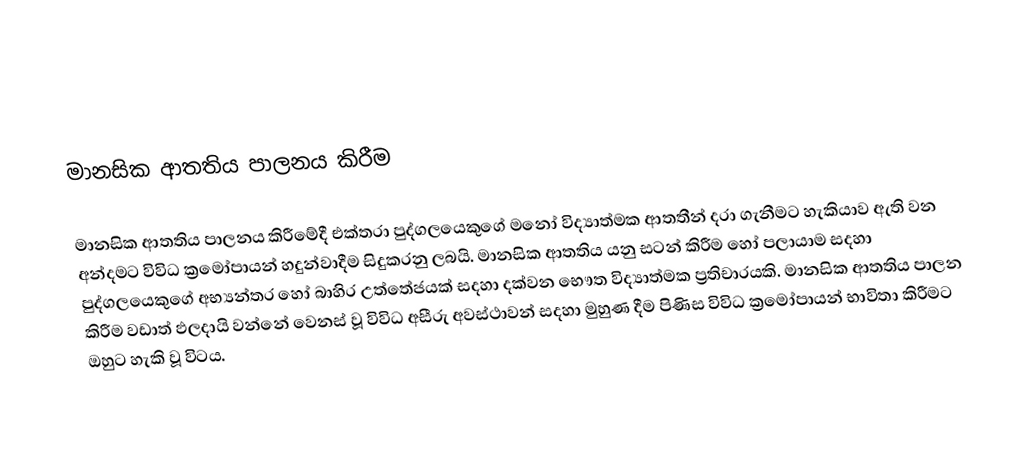

මානසික ආතතිය පාලනය කිරීම

මානසික ආතතිය පාලනය කිරීමේදී එක්තරා පුද්ගලයෙකුගේ මනෝ විද්‍යාත්මක ආතතීන් දරා ගැනීමට හැකියාව ඇති වන අන්දමට විවිධ ක්‍රමෝපායන් හදුන්වාදීම සිදුකරනු ලබයි. මානසික ආතතිය යනු සටන් කිරීම හෝ පලායාම සදහා පුද්ගලයෙකුගේ අභ්‍යන්තර හෝ බාහිර උත්තේජයක් සදහා දක්වන භෞත විද්‍යාත්මක ප්‍රතිචාරයකි. මානසික ආතතිය පාලන කිරීම වඩාත් ඵලදායි වන්නේ වෙනස් වූ විවිධ අසීරු අවස්ථාවන් සදහා  මුහුණ දීම පිණිස විවිධ ක්‍රමෝපායන් භාවිතා කිරීමට ඔහුට හැකි වූ විටය.